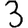
Digit: 3